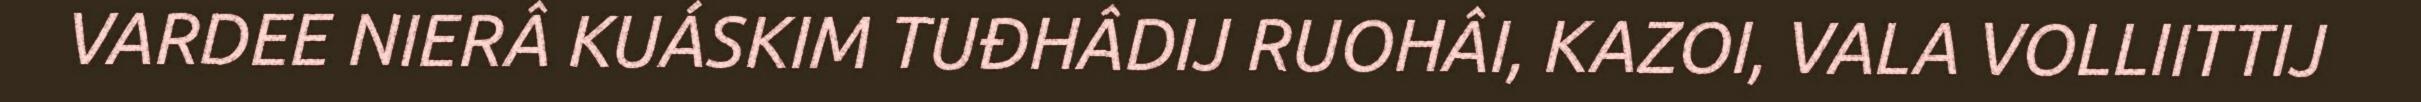
VARDEE NIERÂ KUÁSKIM TUĐHÂDIJ RUOHÂI, KAZOI, VALA VOLLIITTIJ